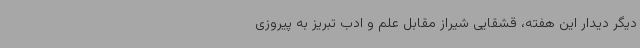
دیگر دیدار این هفته، قشقایی شیراز مقابل علم و ادب تبریز به پیروزی